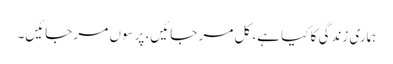
ہماری زندگی کا کیا ہے، کل مر جائیں، پرسوں مر جائیں۔